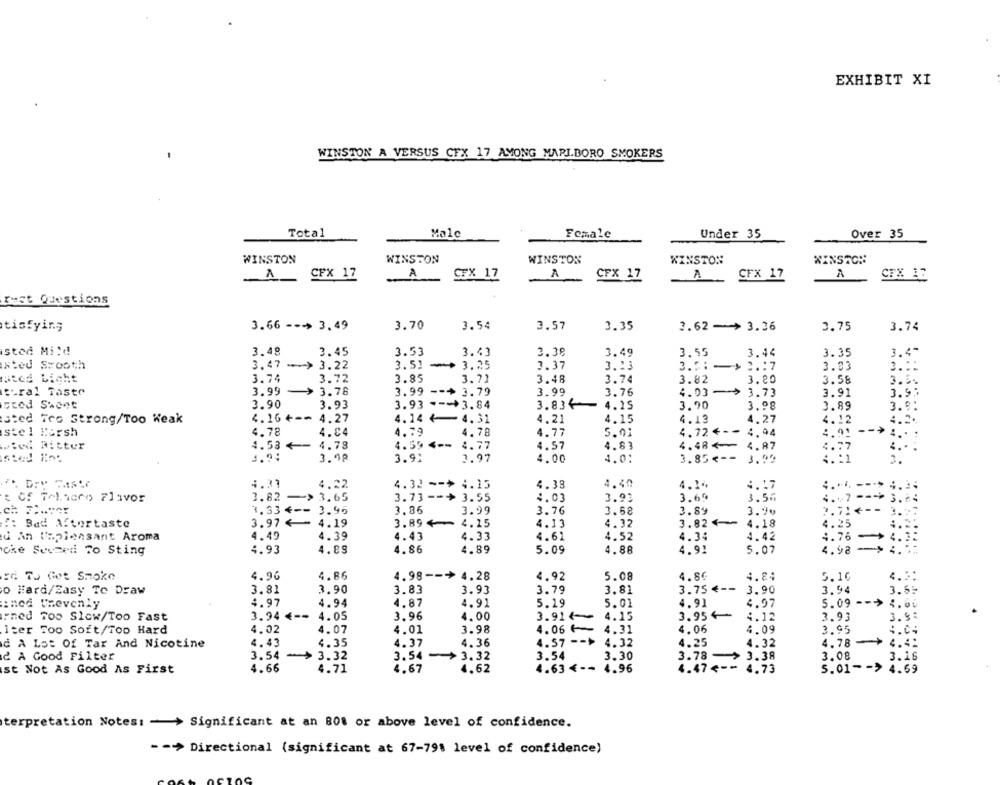
EXHIBIT XI
WINSTON A VERSUS CFX 17 AMONG MARLBORO SMOKERS
Total
Male
Female
Under 35
Over 35
WINSTON
WINSTON
WINSTON
WINSTON
WINSTON
CFX 17
A
CFX 17
A
CFX 17
A
CFX 17
A
CEX 12
Test Questions
tisfying
3.66 -- > 3,49
3.70
3.54
3.57
3.35
2.62 -> 3.36
3.75
3.74
sted Mild
3.48
3.45
3.53
3.41
3.38
3.49
3.55
3.44
3.35
3.4"
sted Smooth
3.47 -- > 3.22
3.51
3.25
3.37
3.13
3 .::-
> 2 .: 7
3.83
2. ::
Bied Licht
3.72
3.48
3.20
3.74
3.85
3.71
3.74
3.82
3.58
3.5.
tiral Taste
3.99
> 3.78
3.99
---
3.79
3.99
3.76
4.03
-
-- > 3.73
3. 9.
3.91
sted Sheet
3.90
3.93
3.93 --** 3.84
3.834
4.15
3.90
3.98
3.89
3.9:
sted Tro Strong/Too Weak
4.16 4-
4.27
4.14 4
4.31
4.21
4.15
4.13
4.27
4.12
4.2.
stel Korsh
4.78
4.04
4.79
4.78
4.77
5.01
4.724 -- 4.94
-- >
wiwi Fitter
4.53 <
4.78
4.55
4.77
4.57
4.83
4.48+
4.87
3.95
3.98
3.91
3.97
4.00
4.0:
3.85 <--
3.95
4.33
4.22
4.32 -- > 4.15
4.38
4.40
4.14
4.17
4.
: of Telacro Flavor
3.82
-> 3.65
3.73 -- > 3.55
4.03
3.93
3.69
3.56
4 .. 7 --- > 3 .* 4
ch 7 :-*
3.96
3.36
3.99
3.76
3.68
3.89
3.90
2.714 --
7.53 4 --
!: Bad Aftertaste
3.97€
4.19
3.89 €
4.15
4.13
4.32
3.82€
4.18
4.25
4.49
4.39
d An Unpleasant Aroma
4.43
4.33
4.61
4.52
4.34
4.42
4.76
4.93
4.89
4.86
4.89
5.09
4.88
4.91
5.07
4.98
oke Seuzed To Sting
Id To Get Smoke
4.96
4.86
4.98 -- >4.28
4.92
5.08
4.86
4.84
5.10
3.81
3.90
3.83
3.91
3.79
3.81
3.75 € --
3.90
3.94
3.69
o Hard/Zasy To Draw
inod Unevenly
4.97
4.94
4.87
4.91
5.19
5.01
4.91
4.97
5.09 -
oned Too Slow/Too Fast
3.94 € --
4.05
3.96
4.00
3.91 ¢
4.15
3.95€-
:. 12
3.93
3.9%
4.02
4.07
3.98
4.31
4.06
4.09
3.95
iter Too Soft/Too Hard
4.01
4.06
d A Lot Of Tar And Nicotine
4.43
4.35
4.37
4.36
4.57 -- >
4.32
4.25
4.32
4.78
4.4.
2. A Good Filter
3.54-
3.32
3.54-
3.32
3.54
3.30
3.78 ->
3.38
3.08
3.16
4.66
4.47 <--
5.01 -- >
st Not As Good As First
4.71
4.67
4.62
4.63 <--
4.96
4.73
4.69
terpretation Notes: - > Significant at an 808 or above level of confidence.
-- > Directional (significant at 67-79% level of confidence)